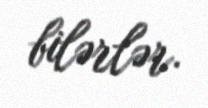
bilərlər.